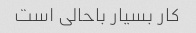
کار بسیار باحالی است